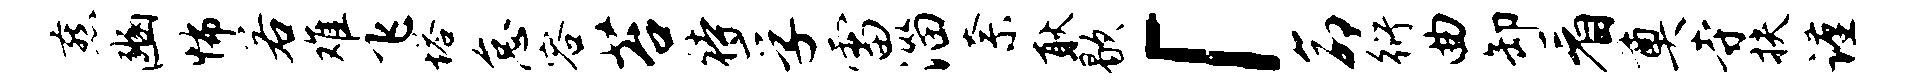
燕豳怖若难飞塔怠容苔待孚雷淄奈耿歇「命衍曲卸看奠寺扶谨